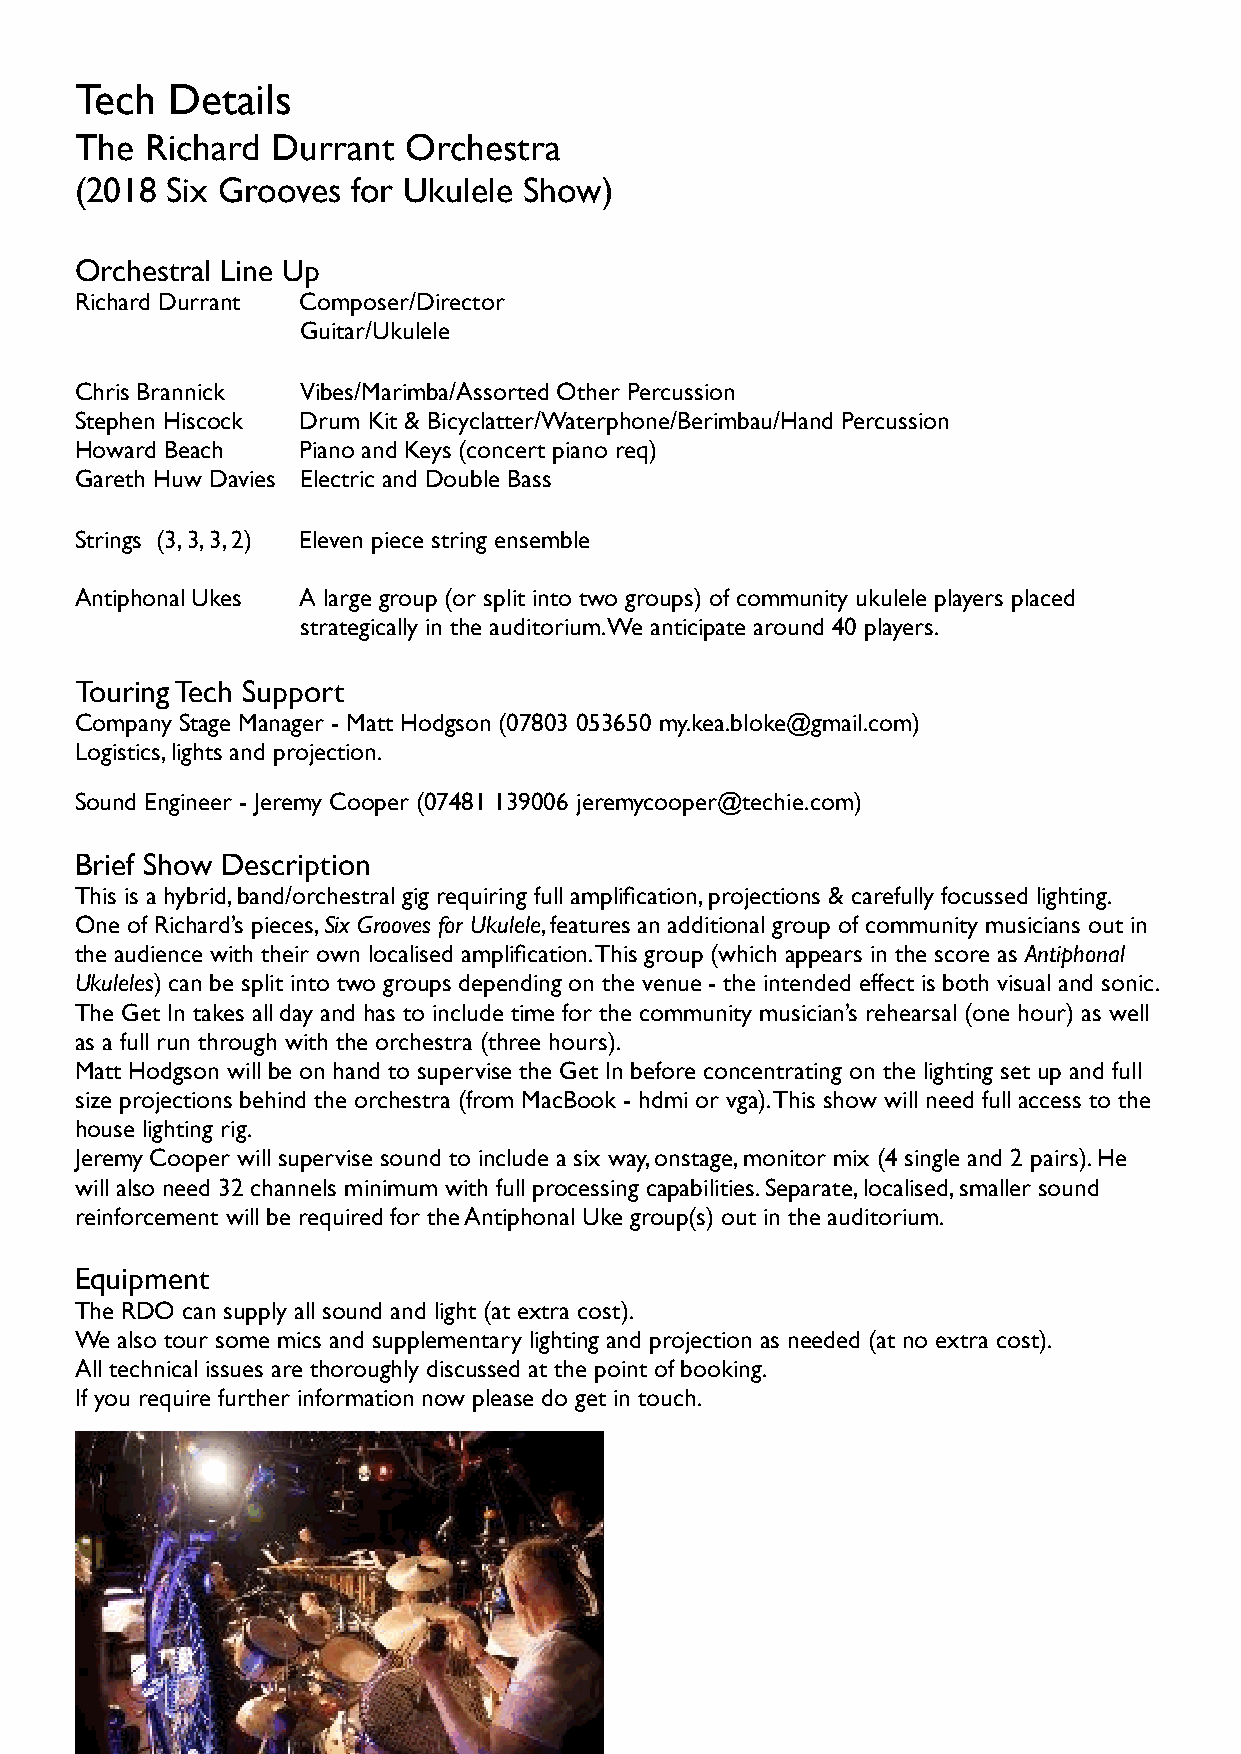
Tech  Details
 The  Richard Durrant  Orchestra
 (2018 Six Grooves for Ukulele Show)
 Orchestral Line Up
 Richard Durrant Composer/Director
 Guitar/Ukulele
 Chris Brannick Vibes/Marimba/Assorted Other Percussion
 Stephen Hiscock Drum Kit & Bicyclatter/Waterphone/Berimbau/Hand Percussion
 Howard Beach   Piano and Keys (concert piano req)
 Gareth Huw Davies Electric and Double Bass
 Strings (3, 3, 3, 2) Eleven piece string ensemble
 Antiphonal Ukes A large group (or split into two groups) of community ukulele players placed
 strategically in the auditorium. We anticipate around 40 players.
 Touring Tech Support
 Company Stage Manager - Matt Hodgson (07803 053650 my.kea.bloke@gmail.com)
 Logistics, lights and projection.
 Sound Engineer - Jeremy Cooper (07481 139006 jeremycooper@techie.com)
 Brief Show Description
 This is a hybrid, band/orchestral gig requiring full amplification, projections & carefully focussed lighting.
 One of Richard’s pieces, Six Grooves for Ukulele, features an additional group of community musicians out in
 the audience with their own localised amplification. This group (which appears in the score as Antiphonal
 Ukuleles) can be split into two groups depending on the venue - the intended effect is both visual and sonic.
 The Get In takes all day and has to include time for the community musician’s rehearsal (one hour) as well
 as a full run through with the orchestra (three hours).
 Matt Hodgson will be on hand to supervise the Get In before concentrating on the lighting set up and full
 size projections behind the orchestra (from MacBook - hdmi or vga). This show will need full access to the
 house lighting rig.
 Jeremy Cooper will supervise sound to include a six way, onstage, monitor mix (4 single and 2 pairs). He
 will also need 32 channels minimum with full processing capabilities. Separate, localised, smaller sound
 reinforcement will be required for the Antiphonal Uke group(s) out in the auditorium.
 Equipment
 The RDO can supply all sound and light (at extra cost).
 We also tour some mics and supplementary lighting and projection as needed (at no extra cost).
 All technical issues are thoroughly discussed at the point of booking.
 If you require further information now please do get in touch.